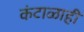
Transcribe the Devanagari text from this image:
कंटाळाही